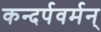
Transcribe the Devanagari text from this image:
कन्दर्पवर्मन्